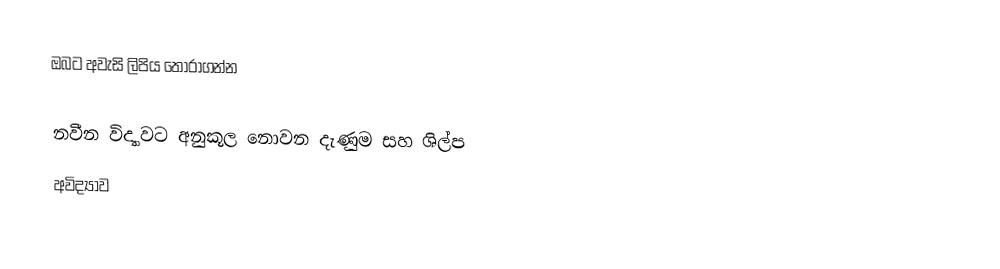
ඔබට අවැසි ලිපිය තෝරාගන්න

 නවීන විද්‍යාවට අනුකූල නොවන දැණුම සහ ශිල්ප
 අවිද්‍යාව